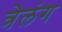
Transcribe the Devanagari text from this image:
त्रेलंग